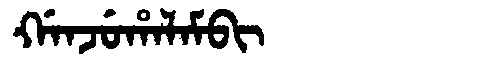
Manchu: ᡤᠠᠨᠵᡠᡥᠠᠯᠠᠮᠪᡳ
Romanization: GANJUHALAMBI